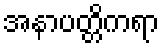
အနာပတ္တိကရာ